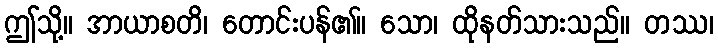
ဤသို့။ အာယာစတိ၊ တောင်းပန်၏။ သော၊ ထိုနတ်သားသည်။ တဿ၊